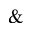
\&